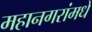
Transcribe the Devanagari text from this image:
महानगरांमधे